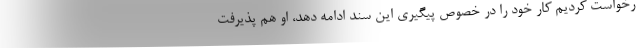
رخواست کردیم کار خود را در خصوص پیگیری این سند ادامه دهد، او هم پذیرفت